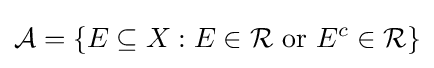
{\mathcal {A}}=\{E\subseteq X:E\in {\mathcal {R}}\ {\text{or}}\ E^{c}\in {\mathcal {R}}\}